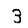
Digit: 3